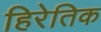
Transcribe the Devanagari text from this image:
हिरेतिक